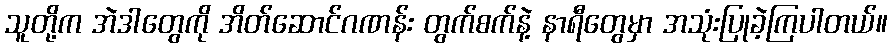
သူတို့က အဲဒါတွေကို အိတ်ဆောင်ဂဏန်း တွက်စက်နဲ့ နာရီတွေမှာ အသုံးပြုခဲ့ကြပါတယ်။